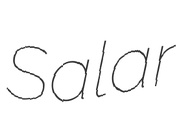
Salar